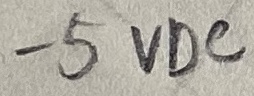
Text: -5VDC